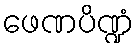
ဖေဏပိဏ္ဍံ